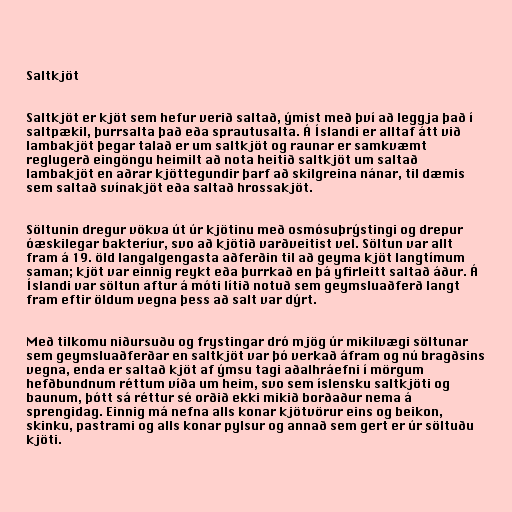
Saltkjöt

Saltkjöt er kjöt sem hefur verið saltað, ýmist með því að leggja það í
saltpækil, þurrsalta það eða sprautusalta. Á Íslandi er alltaf átt við
lambakjöt þegar talað er um saltkjöt og raunar er samkvæmt
reglugerð eingöngu heimilt að nota heitið saltkjöt um saltað
lambakjöt en aðrar kjöttegundir þarf að skilgreina nánar, til dæmis
sem saltað svínakjöt eða saltað hrossakjöt.

Söltunin dregur vökva út úr kjötinu með osmósuþrýstingi og drepur
óæskilegar bakteríur, svo að kjötið varðveitist vel. Söltun var allt
fram á 19. öld langalgengasta aðferðin til að geyma kjöt langtímum
saman; kjöt var einnig reykt eða þurrkað en þá yfirleitt saltað áður. Á
Íslandi var söltun aftur á móti lítið notuð sem geymsluaðferð langt
fram eftir öldum vegna þess að salt var dýrt.

Með tilkomu niðursuðu og frystingar dró mjög úr mikilvægi söltunar
sem geymsluaðferðar en saltkjöt var þó verkað áfram og nú bragðsins
vegna, enda er saltað kjöt af ýmsu tagi aðalhráefni í mörgum
hefðbundnum réttum víða um heim, svo sem íslensku saltkjöti og
baunum, þótt sá réttur sé orðið ekki mikið borðaður nema á
sprengidag. Einnig má nefna alls konar kjötvörur eins og beikon,
skinku, pastrami og alls konar pylsur og annað sem gert er úr söltuðu
kjöti.